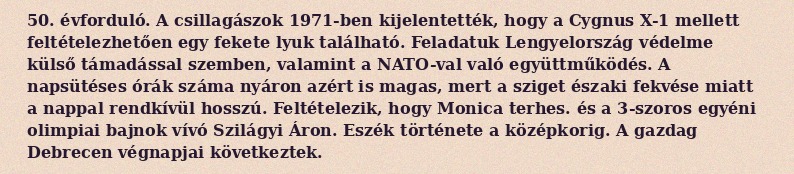
50. évforduló. A csillagászok 1971-ben kijelentették, hogy a Cygnus X-1 mellett feltételezhetően egy fekete lyuk található. Feladatuk Lengyelország védelme külső támadással szemben, valamint a NATO-val való együttműködés. A napsütéses órák száma nyáron azért is magas, mert a sziget északi fekvése miatt a nappal rendkívül hosszú. Feltételezik, hogy Monica terhes. és a 3-szoros egyéni olimpiai bajnok vívó Szilágyi Áron. Eszék története a középkorig. A gazdag Debrecen végnapjai következtek.